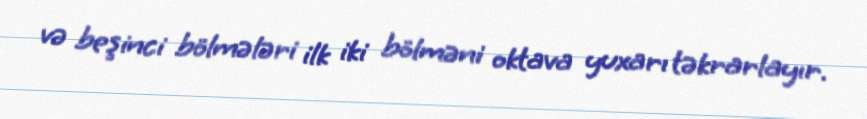
və beşinci bölmələri ilk iki bölməni oktava yuxarı təkrarlayır.